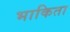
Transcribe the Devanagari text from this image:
भाकिता